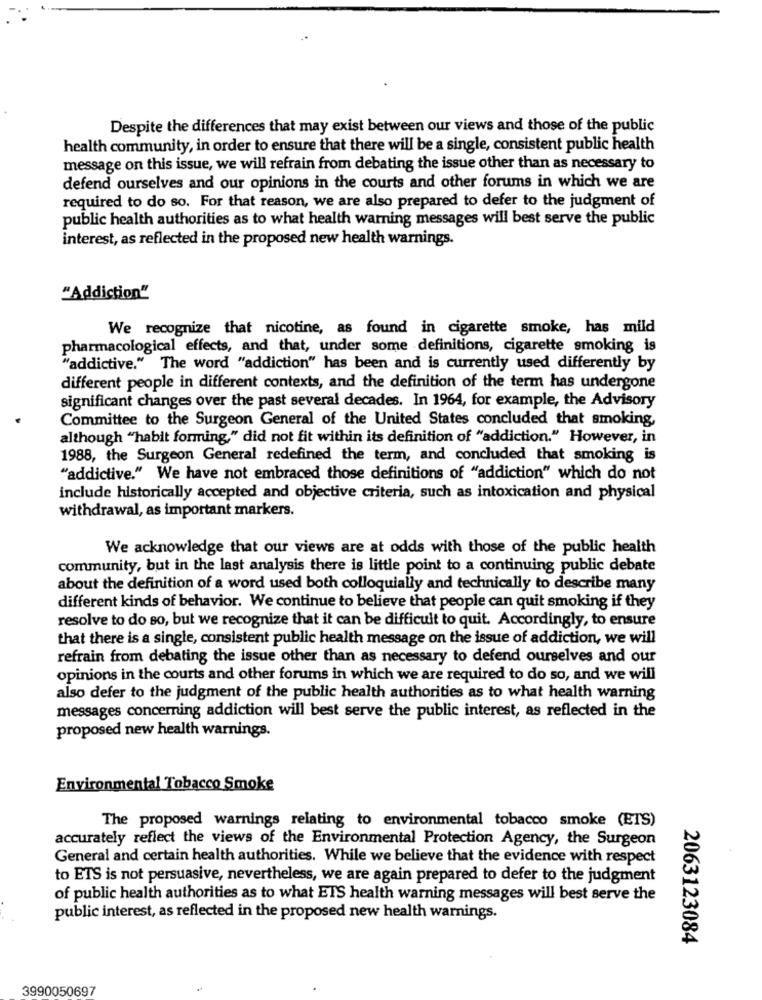
Despite the differences that may exist between our views and those of the public
health community, in order to ensure that there will be a single, consistent public health
message on this issue, we will refrain from debating the issue other than as necessary to
defend ourselves and our opinions in the courts and other forums in which we are
required to do so. For that reason, we are also prepared to defer to the judgment of
public health authorities as to what health warning messages will best serve the public
interest, as reflected in the proposed new health warnings.
"Addiction"
We recognize that nicotine, as found in cigarette smoke, has mild
pharmacological effects, and that, under some definitions, cigarette smoking is
"addictive.""The word "addiction" has been and is currently used differently by
different people in different contexts, and the definition of the term has undergone
significant changes over the past several decades. In 1964, for example, the Advisory
Committee to the Surgeon General of the United States concluded that smoking,
although "habit forming," did not fit within its definition of "addiction." However, in
1988, the Surgeon General redefined the term, and concluded that smoking is
"addictive." We have not embraced those definitions of "addiction" which do not
include historically accepted and objective criteria, such as intoxication and physical
withdrawal, as important markers.
We acknowledge that our views are at odds with those of the public health
community, but in the last analysis there is little point to a continuing public debate
about the definition of a word used both colloquially and technically to describe many
different kinds of behavior. We continue to believe that people can quit smoking if they
resolve to do so, but we recognize that it can be difficult to quit. Accordingly, to ensure
that there is a single, consistent public health message on the issue of addiction, we will
refrain from debating the issue other than as necessary to defend ourselves and our
opinions in the courts and other forums in which we are required to do so, and we will
also defer to the judgment of the public health authorities as to what health warning
messages concerning addiction will best serve the public interest, as reflected in the
proposed new health warnings.
Environmental Tobacco Smoke
The proposed warnings relating to environmental tobacco smoke (ETS)
accurately reflect the views of the Environmental Protection Agency, the Surgeon
General and certain health authorities. While we believe that the evidence with respect
to ETS is not persuasive, nevertheless, we are again prepared to defer to the judgment
of public health authorities as to what ETS health warning messages will best serve the
public interest, as reflected in the proposed new health warnings.
2063123084
3990050697